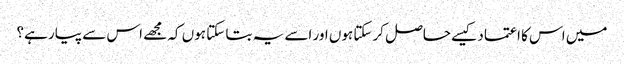
میں اس کا اعتماد کیسے حاصل کرسکتا ہوں اور اسے یہ بتا سکتا ہوں کہ مجھے اس سے پیار ہے؟